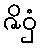
ဇိဝှံ